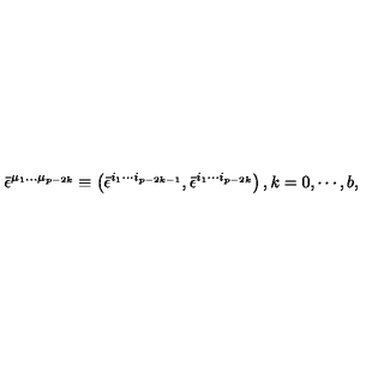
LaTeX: \bar { \epsilon } ^ { \mu _ { 1 } \ldots \mu _ { p - 2 k } } \equiv \left( \bar { \epsilon } ^ { i _ { 1 } \cdots i _ { p - 2 k - 1 } } , \bar { \epsilon } ^ { i _ { 1 } \cdots i _ { p - 2 k } } \right) , k = 0 , \cdots , b ,